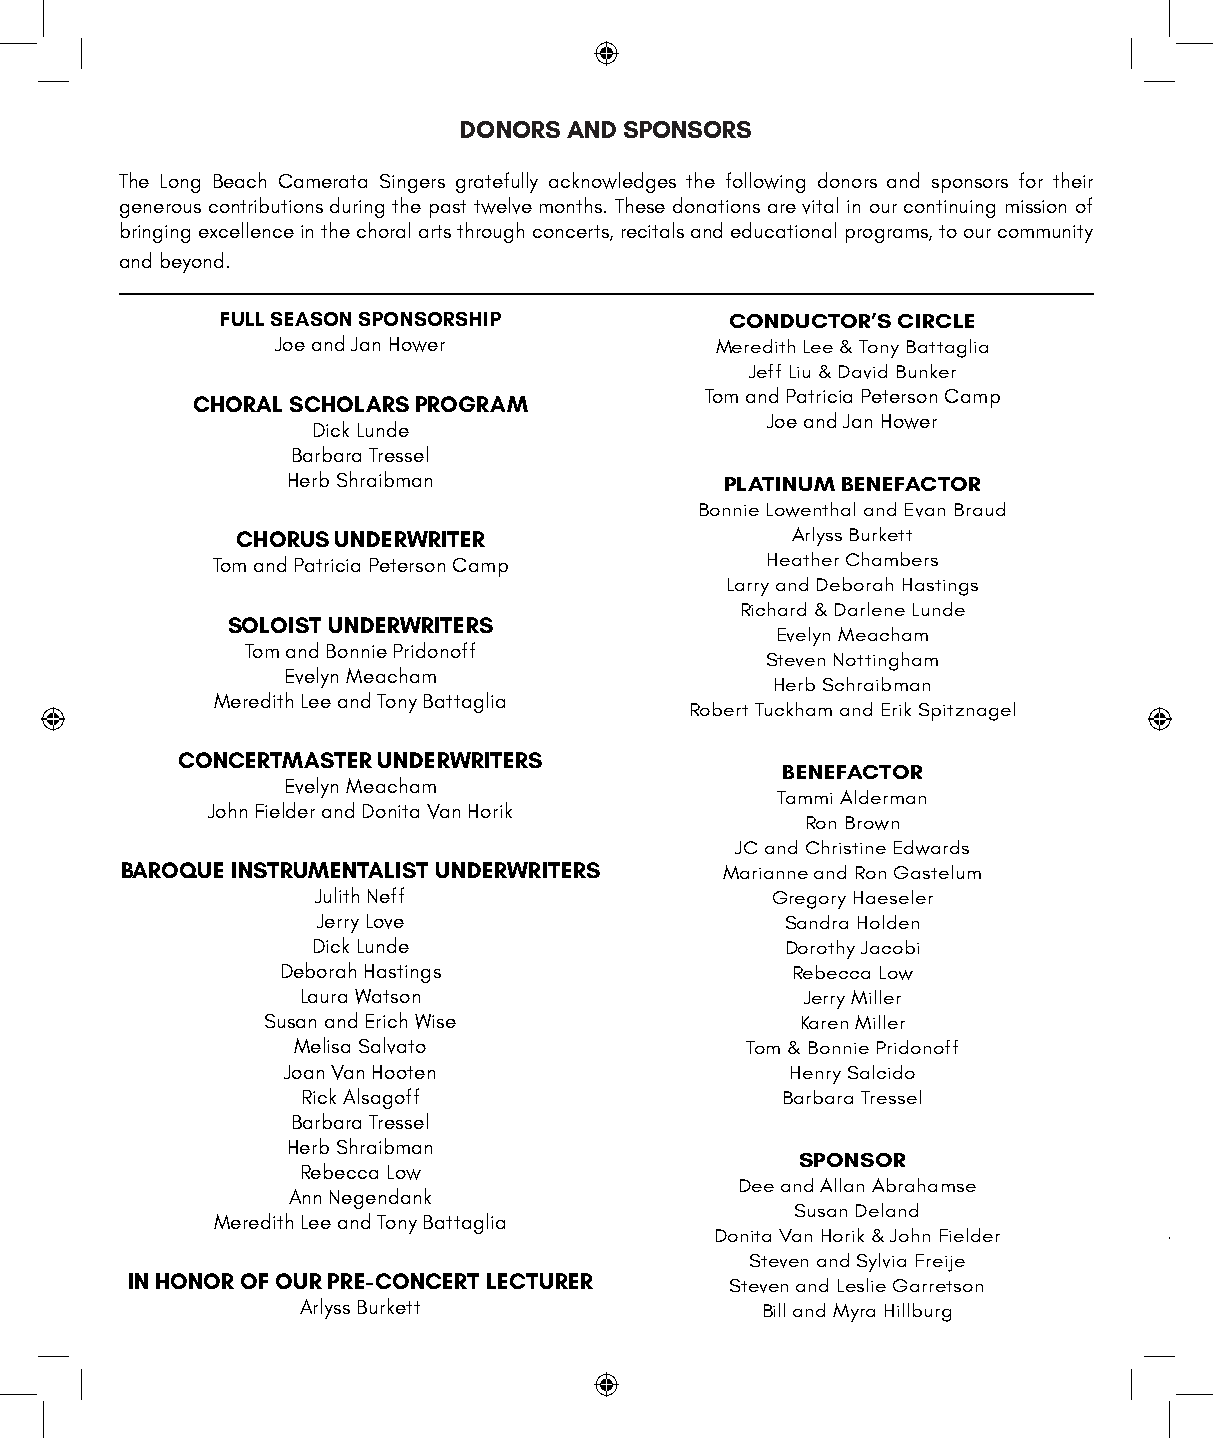
DONORS  AND SPONSORS
 The Long Beach Camerata Singers gratefully acknowledges the following donors and sponsors for their
 generous contributions during the past twelve months. These donations are vital in our continuing mission of
 bringing excellence in the choral arts through concerts, recitals and educational programs, to our community
 and beyond.
 FULL SEASON SPONSORSHIP          CONDUCTOR’S CIRCLE
 Joe and Jan Hower            Meredith Lee & Tony Battaglia
 Jeff Liu & David Bunker
 Tom and Patricia Peterson Camp
 CHORAL SCHOLARS PROGRAM
 Joe and Jan Hower
 Dick Lunde
 Barbara Tressel
 Herb Shraibman               PLATINUM BENEFACTOR
 Bonnie Lowenthal and Evan Braud
 CHORUS UNDERWRITER                  Arlyss Burkett
 Tom and Patricia Peterson Camp       Heather Chambers
 Larry and Deborah Hastings
 Richard & Darlene Lunde
 SOLOIST UNDERWRITERS
 Evelyn Meacham
 Tom and Bonnie Pridonoff
 Steven Nottingham
 Evelyn Meacham
 Herb Schraibman
 Meredith Lee and Tony Battaglia
 Robert Tuckham and Erik Spitznagel
 CONCERTMASTER UNDERWRITERS
 BENEFACTOR
 Evelyn Meacham
 Tammi Alderman
 John Fielder and Donita Van Horik
 Ron Brown
 JC and Christine Edwards
 BAROQUE INSTRUMENTALIST UNDERWRITERS    Marianne and Ron Gastelum
 Julith Neff                   Gregory Haeseler
 Jerry Love                     Sandra Holden
 Dick Lunde                     Dorothy Jacobi
 Deborah Hastings                 Rebecca Low
 Laura Watson                     Jerry Miller
 Susan and Erich Wise                Karen Miller
 Melisa Salvato                Tom & Bonnie Pridonoff
 Joan Van Hooten                  Henry Salcido
 Rick Alsagoff                   Barbara Tressel
 Barbara Tressel
 Herb Shraibman
 SPONSOR
 Rebecca Low
 Dee and Allan Abrahamse
 Ann Negendank
 Susan Deland
 Meredith Lee and Tony Battaglia
 Donita Van Horik & John Fielder
 Steven and Sylvia Freije
 IN HONOR OF OUR PRE-CONCERT LECTURER    Steven and Leslie Garretson
 Arlyss Burkett                Bill and Myra Hillburg